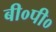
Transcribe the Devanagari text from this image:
बी०पी०